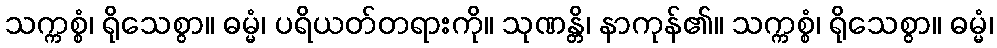
သက္ကစ္စံ၊ ရိုသေစွာ။ ဓမ္မံ၊ ပရိယတ်တရားကို။ သုဏန္တိ၊ နာကုန်၏။ သက္ကစ္စံ၊ ရိုသေစွာ။ ဓမ္မံ၊